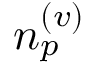
n _ { p } ^ { ( v ) }